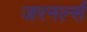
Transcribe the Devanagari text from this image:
जरनर्ल्स